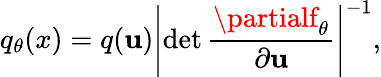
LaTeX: q_{\theta}(x)=q(\mathbf{u})\left|{\operatorname*{det}\frac{{\partialf_{\theta}}}{{\partial\mathbf{u}}}}\right|^{-1},